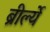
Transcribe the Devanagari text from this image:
ब्रीर्ल्ये